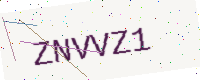
Text: ZNVVZ1